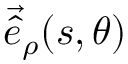
\vec { \hat { e } } _ { \rho } ( s , \theta )